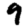
Digit: 9